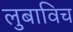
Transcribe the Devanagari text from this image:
लुबाविच